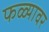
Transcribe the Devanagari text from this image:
फळ्यावर